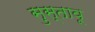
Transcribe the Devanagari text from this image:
सुस्तावू